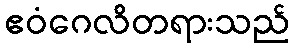
ဧဝံဂေလိတရားသည်